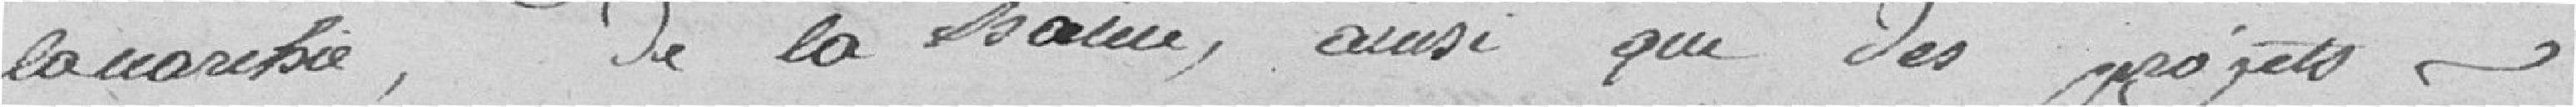
l'anarchie, de la haine, ainsi que des projets